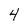
Character: 4